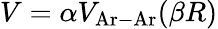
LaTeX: V=\alpha V_{\mathrm{Ar-Ar}}(\beta R)